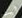
أين